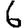
Digit: 6